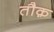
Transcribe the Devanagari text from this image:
तौक़